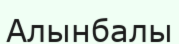
Алынбалы